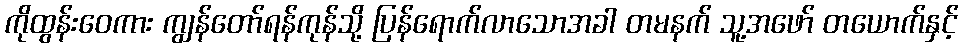
ကိုထွန်းဝေကား ကျွန်တော်ရန်ကုန်သို့ ပြန်ရောက်လာသောအခါ တမနက် သူ့အဖော် တယောက်နှင့်